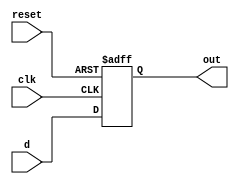
module Dflipflop(input d, input clk, input reset, output reg out);

    always @(posedge clk or posedge reset) begin
        if (reset) begin
            out <= 1'b0;
        end else begin
            out <= d;
        end
    end
endmodule